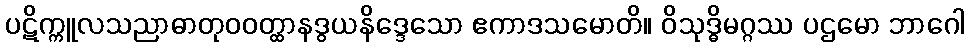
ပဋိက္ကူလသညာဓာတုဝဝတ္ထာနဒွယနိဒ္ဒေသော ဧကာဒသမောတိ။ ဝိသုဒ္ဓိမဂ္ဂဿ ပဌမော ဘာဂေါ